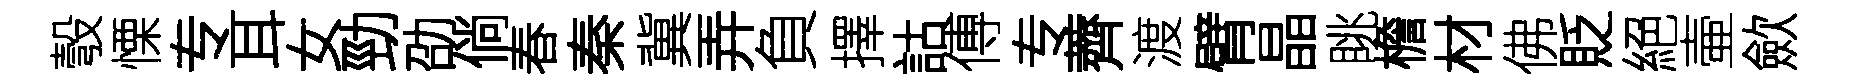
彀慄专耳女勁劭倘春秦冀弄負擇詁傅专薺渡臂晶眺檐材佛貶絕壷歛